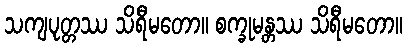
သကျပုတ္တဿ သိရီမတော။ စက္ခုမန္တဿ သိရီမတော။